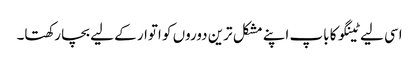
اسی لیے ٹینگو کا باپ اپنے مشکل ترین دوروں کو اتوار کے لیے بچا رکھتا۔